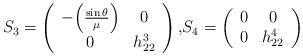
LaTeX: \begin{align*}S_3=\left(\begin{array}{cc}-\Big(\frac{\sin \theta}{\mu}\Big)&0\\0&h_{22}^3\end{array}\right), &S_4=\left(\begin{array}{cc}0&0\\0&h_{22}^4\end{array}\right)\end{align*}